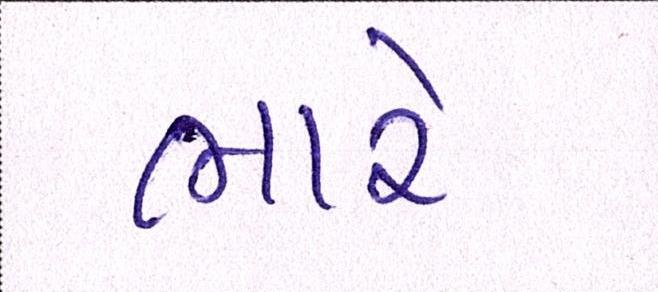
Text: ભારે